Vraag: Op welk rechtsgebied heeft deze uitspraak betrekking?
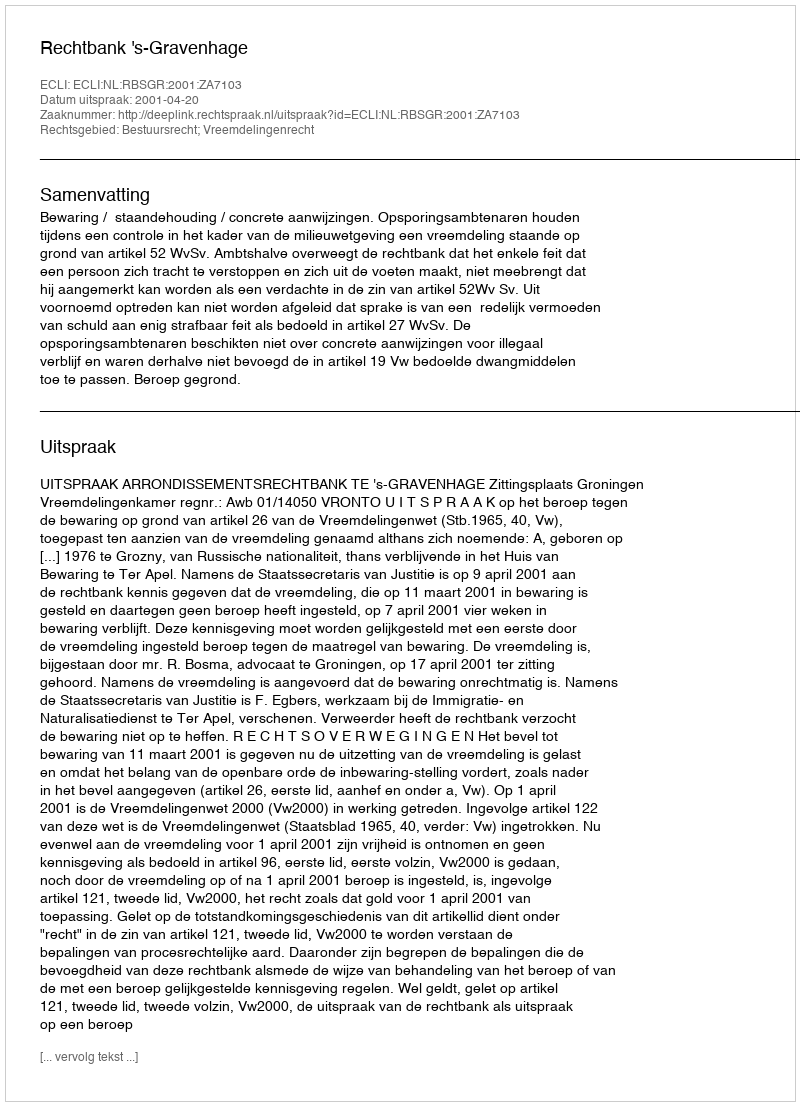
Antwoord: Bestuursrecht; Vreemdelingenrecht